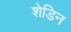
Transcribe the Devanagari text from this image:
शेडिन